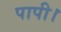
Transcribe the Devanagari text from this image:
पापी।